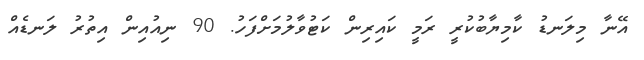
އޭނާ މިލަނޑު ކާމިޔާބުކުރީ ރަމީ ކައިރިން ކަޓުވާލުމަށްފަހު. 90 ނިއުއިން އިތުރު ލަނޑެއް